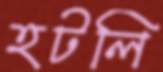
হটলি